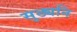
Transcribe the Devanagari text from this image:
सुठ्यनि